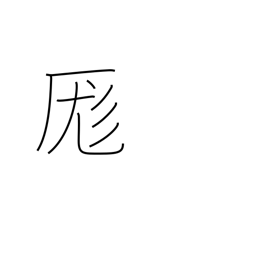
Meaning: mix